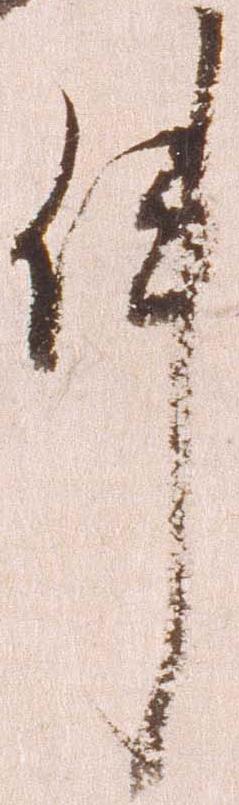
件